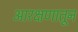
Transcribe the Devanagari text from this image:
आरक्षणातून